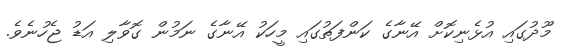
މޫދުގައި އުޅެނިކޮށް އޭނާގެ ކަންފަތުގައި މީހަކު އޭނާގެ ނަމުން ގޮވާލި އަޑު ޖެހުނެވެ.